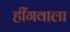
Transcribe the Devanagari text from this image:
हींगवाला